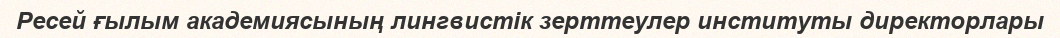
Ресей ғылым академиясының лингвистік зерттеулер институты директорлары